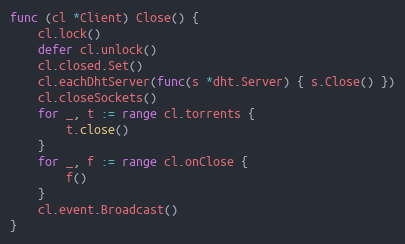
Language: Go
func (cl *Client) Close() {
	cl.lock()
	defer cl.unlock()
	cl.closed.Set()
	cl.eachDhtServer(func(s *dht.Server) { s.Close() })
	cl.closeSockets()
	for _, t := range cl.torrents {
		t.close()
	}
	for _, f := range cl.onClose {
		f()
	}
	cl.event.Broadcast()
}